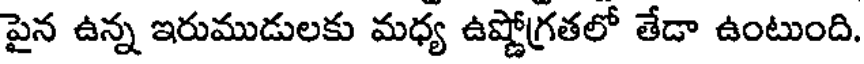
పైన ఉన్న ఇరుముడులకు మధ్య ఉష్ణోగ్రతలో తేడా ఉంటుంది.